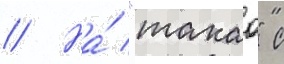
// На́ "такао" с